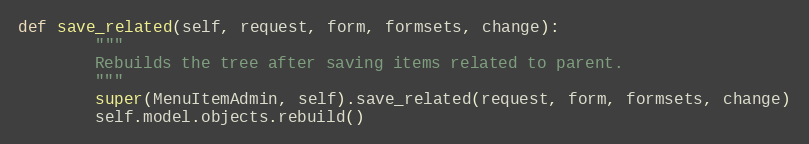
Language: Python
def save_related(self, request, form, formsets, change):
        """
        Rebuilds the tree after saving items related to parent.
        """
        super(MenuItemAdmin, self).save_related(request, form, formsets, change)
        self.model.objects.rebuild()